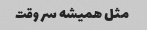
مثل همیشه سر وقت